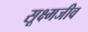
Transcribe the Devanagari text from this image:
सूक्ष्‍मजीव